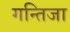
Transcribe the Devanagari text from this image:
गन्तिजा